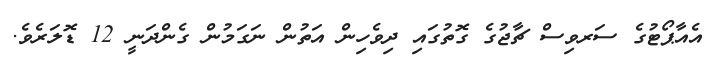
އެއާޕޯޓުގެ ސަރވިސް ޗާޖުގެ ގޮތުގައި ދިވެހިން އަތުން ނަގަމުން ގެންދަނީ 12 ޑޮލަރެވެ.